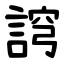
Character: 䛪